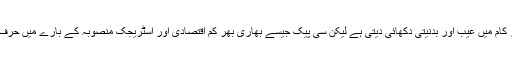
یہی وجہ ہے تحریک انصاف کی حکومت کو نواز شریف کی حکومت کے ہر کام میں عیب اور بدنیتی دکھائی دیتی ہے لیکن سی پیک جیسے بھاری بھر کم اقتصادی اور اسٹریجک منصوبہ کے بارے میں حرف زنی سے گریز کیا گیا بلکہ اب اس کی ملکیت لینے کا اعلان بھی ہورہا ہے۔